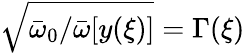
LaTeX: \sqrt{{\bar{\omega}}_{0}/{\bar{\omega}}[y(\xi)]}=\Gamma(\xi)